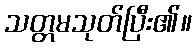
သတ္တမသုတ်ပြီး၏။